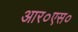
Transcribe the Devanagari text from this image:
आर०एस०